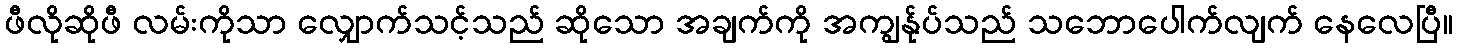
ဖီလိုဆိုဖီ လမ်းကိုသာ လျှောက်သင့်သည် ဆိုသော အချက်ကို အကျွန်ုပ်သည် သဘောပေါက်လျက် နေလေပြီ။